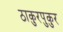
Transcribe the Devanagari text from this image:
ठाकुरपुकुर